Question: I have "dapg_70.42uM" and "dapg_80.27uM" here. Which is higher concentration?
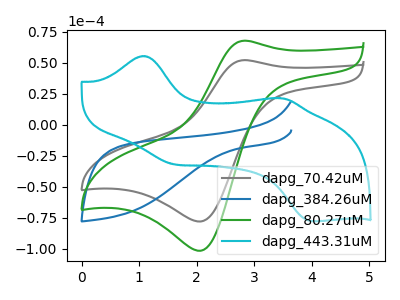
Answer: <think>The gray curve "dapg_70.42uM" has an anodic peak at (2.85V, 51.95uA) and a cathodic peak at (2.10V, -78.20uA). The blue curve "dapg_384.26uM" has no peaks. The green curve "dapg_80.27uM" has an anodic peak at (2.85V, 67.65uA) and a cathodic peak at (2.10V, -101.75uA). The cyan curve "dapg_443.31uM" has anodic peaks at (1.05V, 55.25uA) (3.50V, 21.15uA) and cathodic peaks at (1.60V, -32.10uA) (4.00V, -78.00uA).
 All the peaks in "dapg_70.42uM" have a peak in "dapg_80.27uM" at the same potential. Every peak in "dapg_70.42uM" is lower than every peak in "dapg_80.27uM".</think>
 <answer>"dapg_70.42uM" has less signal than "dapg_80.27uM" and so likely has a lower concentration.</answer>
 <eval>less_concentration</eval>